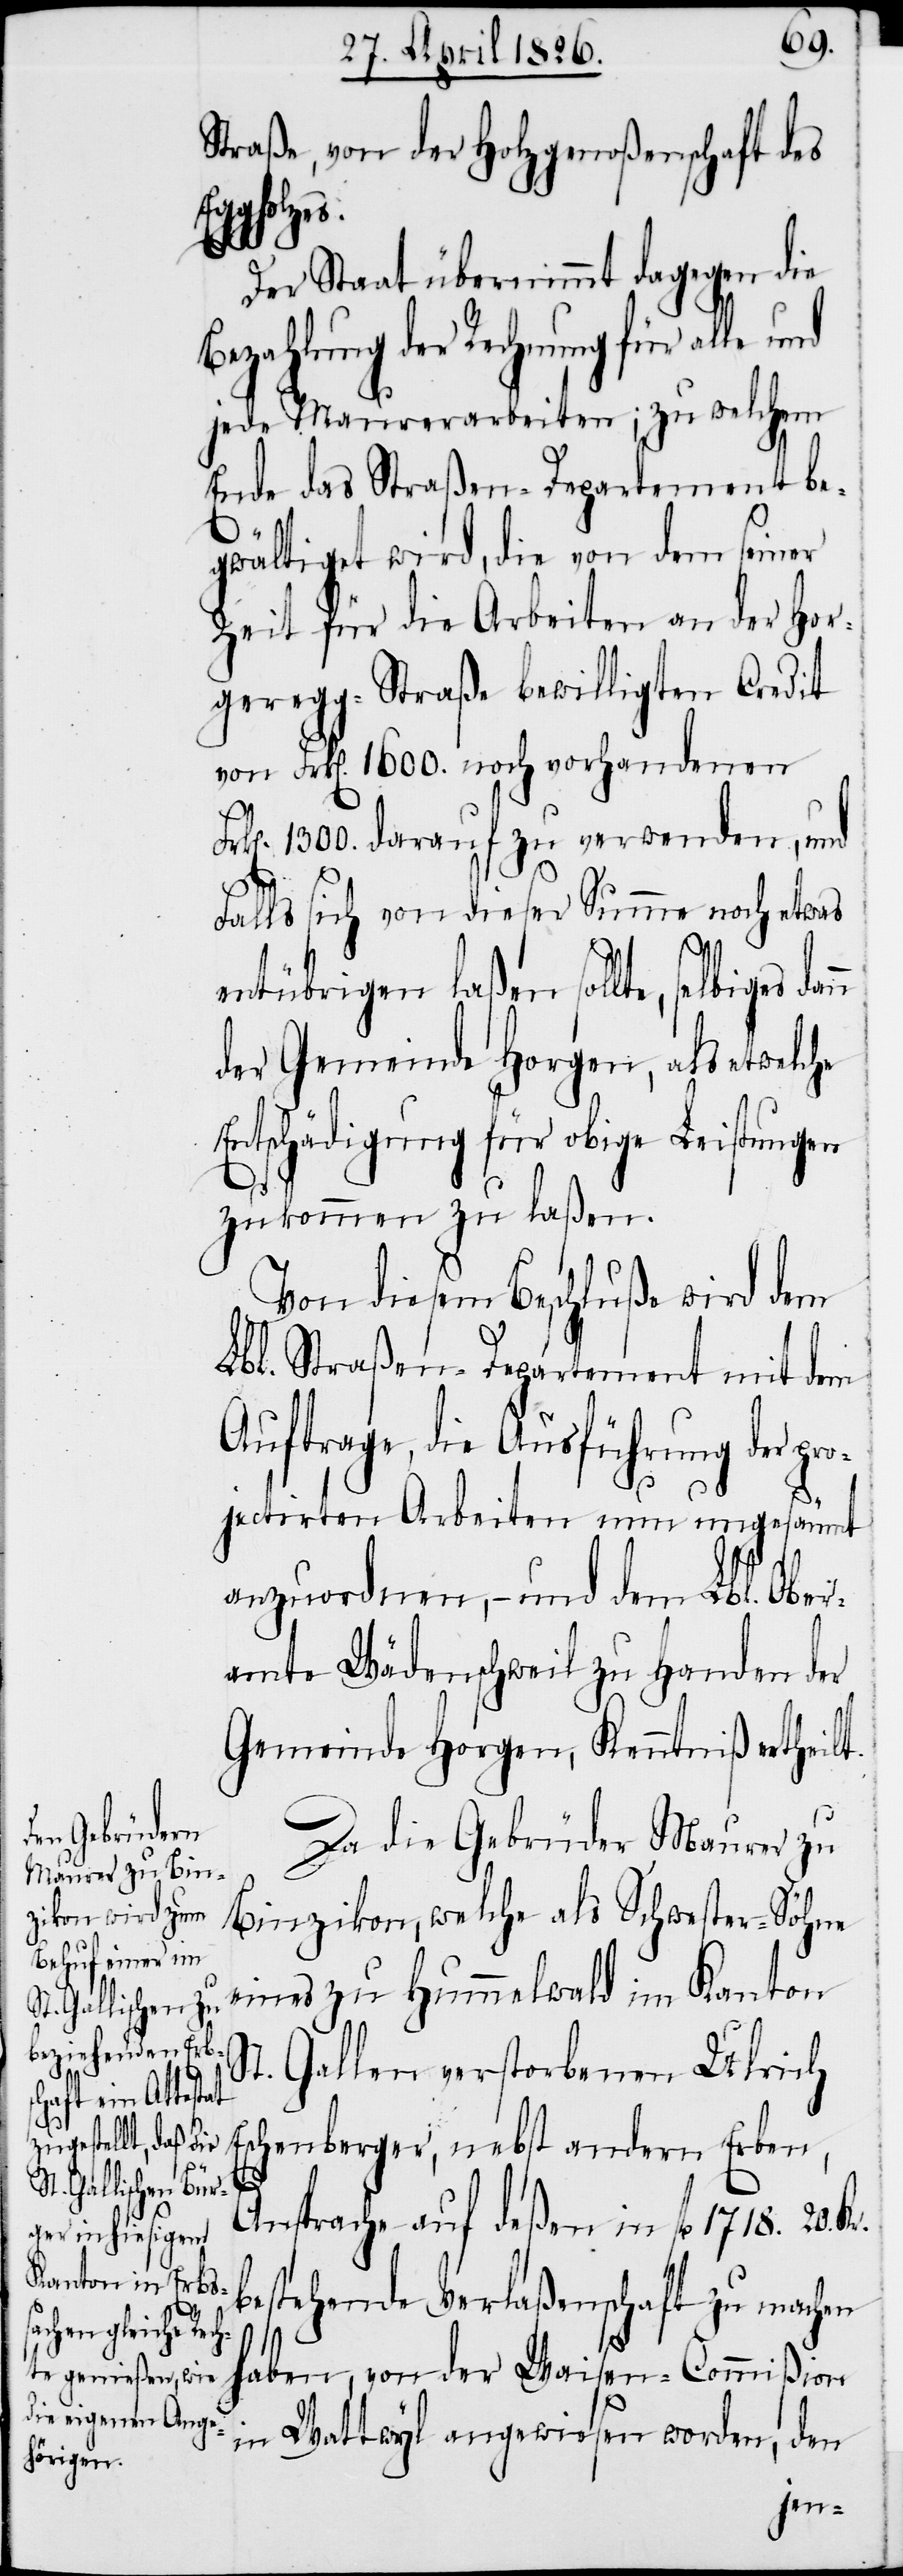
Straße, von der Holzgenoßenschaft des
Eggholz¬
Kr.
Der Staat übernimmt dagegen die
Bezahlung der Rechnung für alle
jede Maurerarbeiten; zu welchem
Ende das Straßen-Departement be¬
Fr¬
gwältiget wird, die von dem seiner
Zeit für die Arbeiten an der Hor¬
geregg-Straße bewilligten Credit
von Frk[en]. 1600. noch vorhandenen
k[en]. 1300. darauf zu verwenden, und
E¬
Falls sich von dieser Summe noch etwas
entübrigen laßen sollte, selbiges
der Gemeinde Horgen, als etwelche
Entschädigung für obige Leistungen
zukommen zu laßen.
Von diesem Beschluße wird dem
Lbl. Straßen-Departement mit dem
Auftrage, die Ausführung der pro¬
jectirten Arbeiten nun ungesäumt
anzuordnen, – und dem Lbl. Ober¬
amte Wädenschweil zu Handen der
Gemeinde Horgen, Kenntniß ertheilt.
Da die Gebrüder Maurer zu
Binzikon, welche als Schwester-Söhne
eines zu Hummelwald im Kanton
St. Gallen verstorbenen Ulrich
schenberger, nebst andern Erben,
Ansprache auf deßen fl. 1718. 20.
bestehende Verlaßenschaft zu machen
haben, von der Waisen-Commißion
in Wattwyl angewiesen worden, den